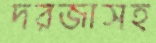
দরজাসহ